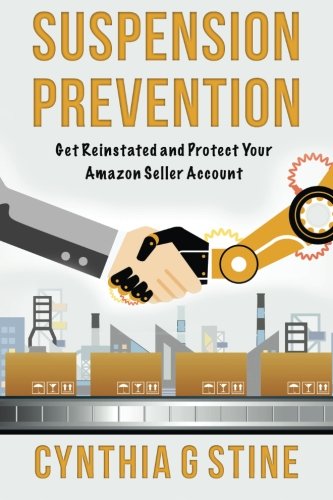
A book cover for Suspension Prevention: Get Reinstated and Protect Your Amazon Seller Account; Ms Cynthia G Stine; Computers & Technology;